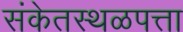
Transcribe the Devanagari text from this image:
संकेतस्थळपत्ता